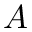
A